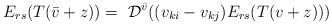
LaTeX: \begin{align*}E_{rs}(T(\bar{v} + z))=\ \mathcal{D}^{\bar{v}}((v_{ki} - v_{kj})E_{rs}(T(v + z)))\end{align*}